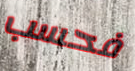
فحسب